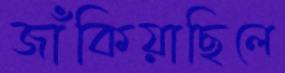
জাঁকিয়াছিলে